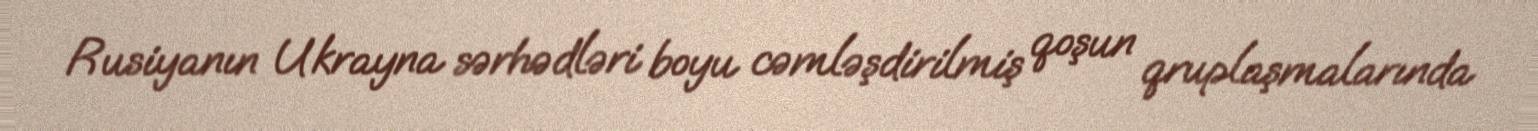
Rusiyanın Ukrayna sərhədləri boyu cəmləşdirilmiş qoşun qruplaşmalarında